Maali_päevik, lk 382
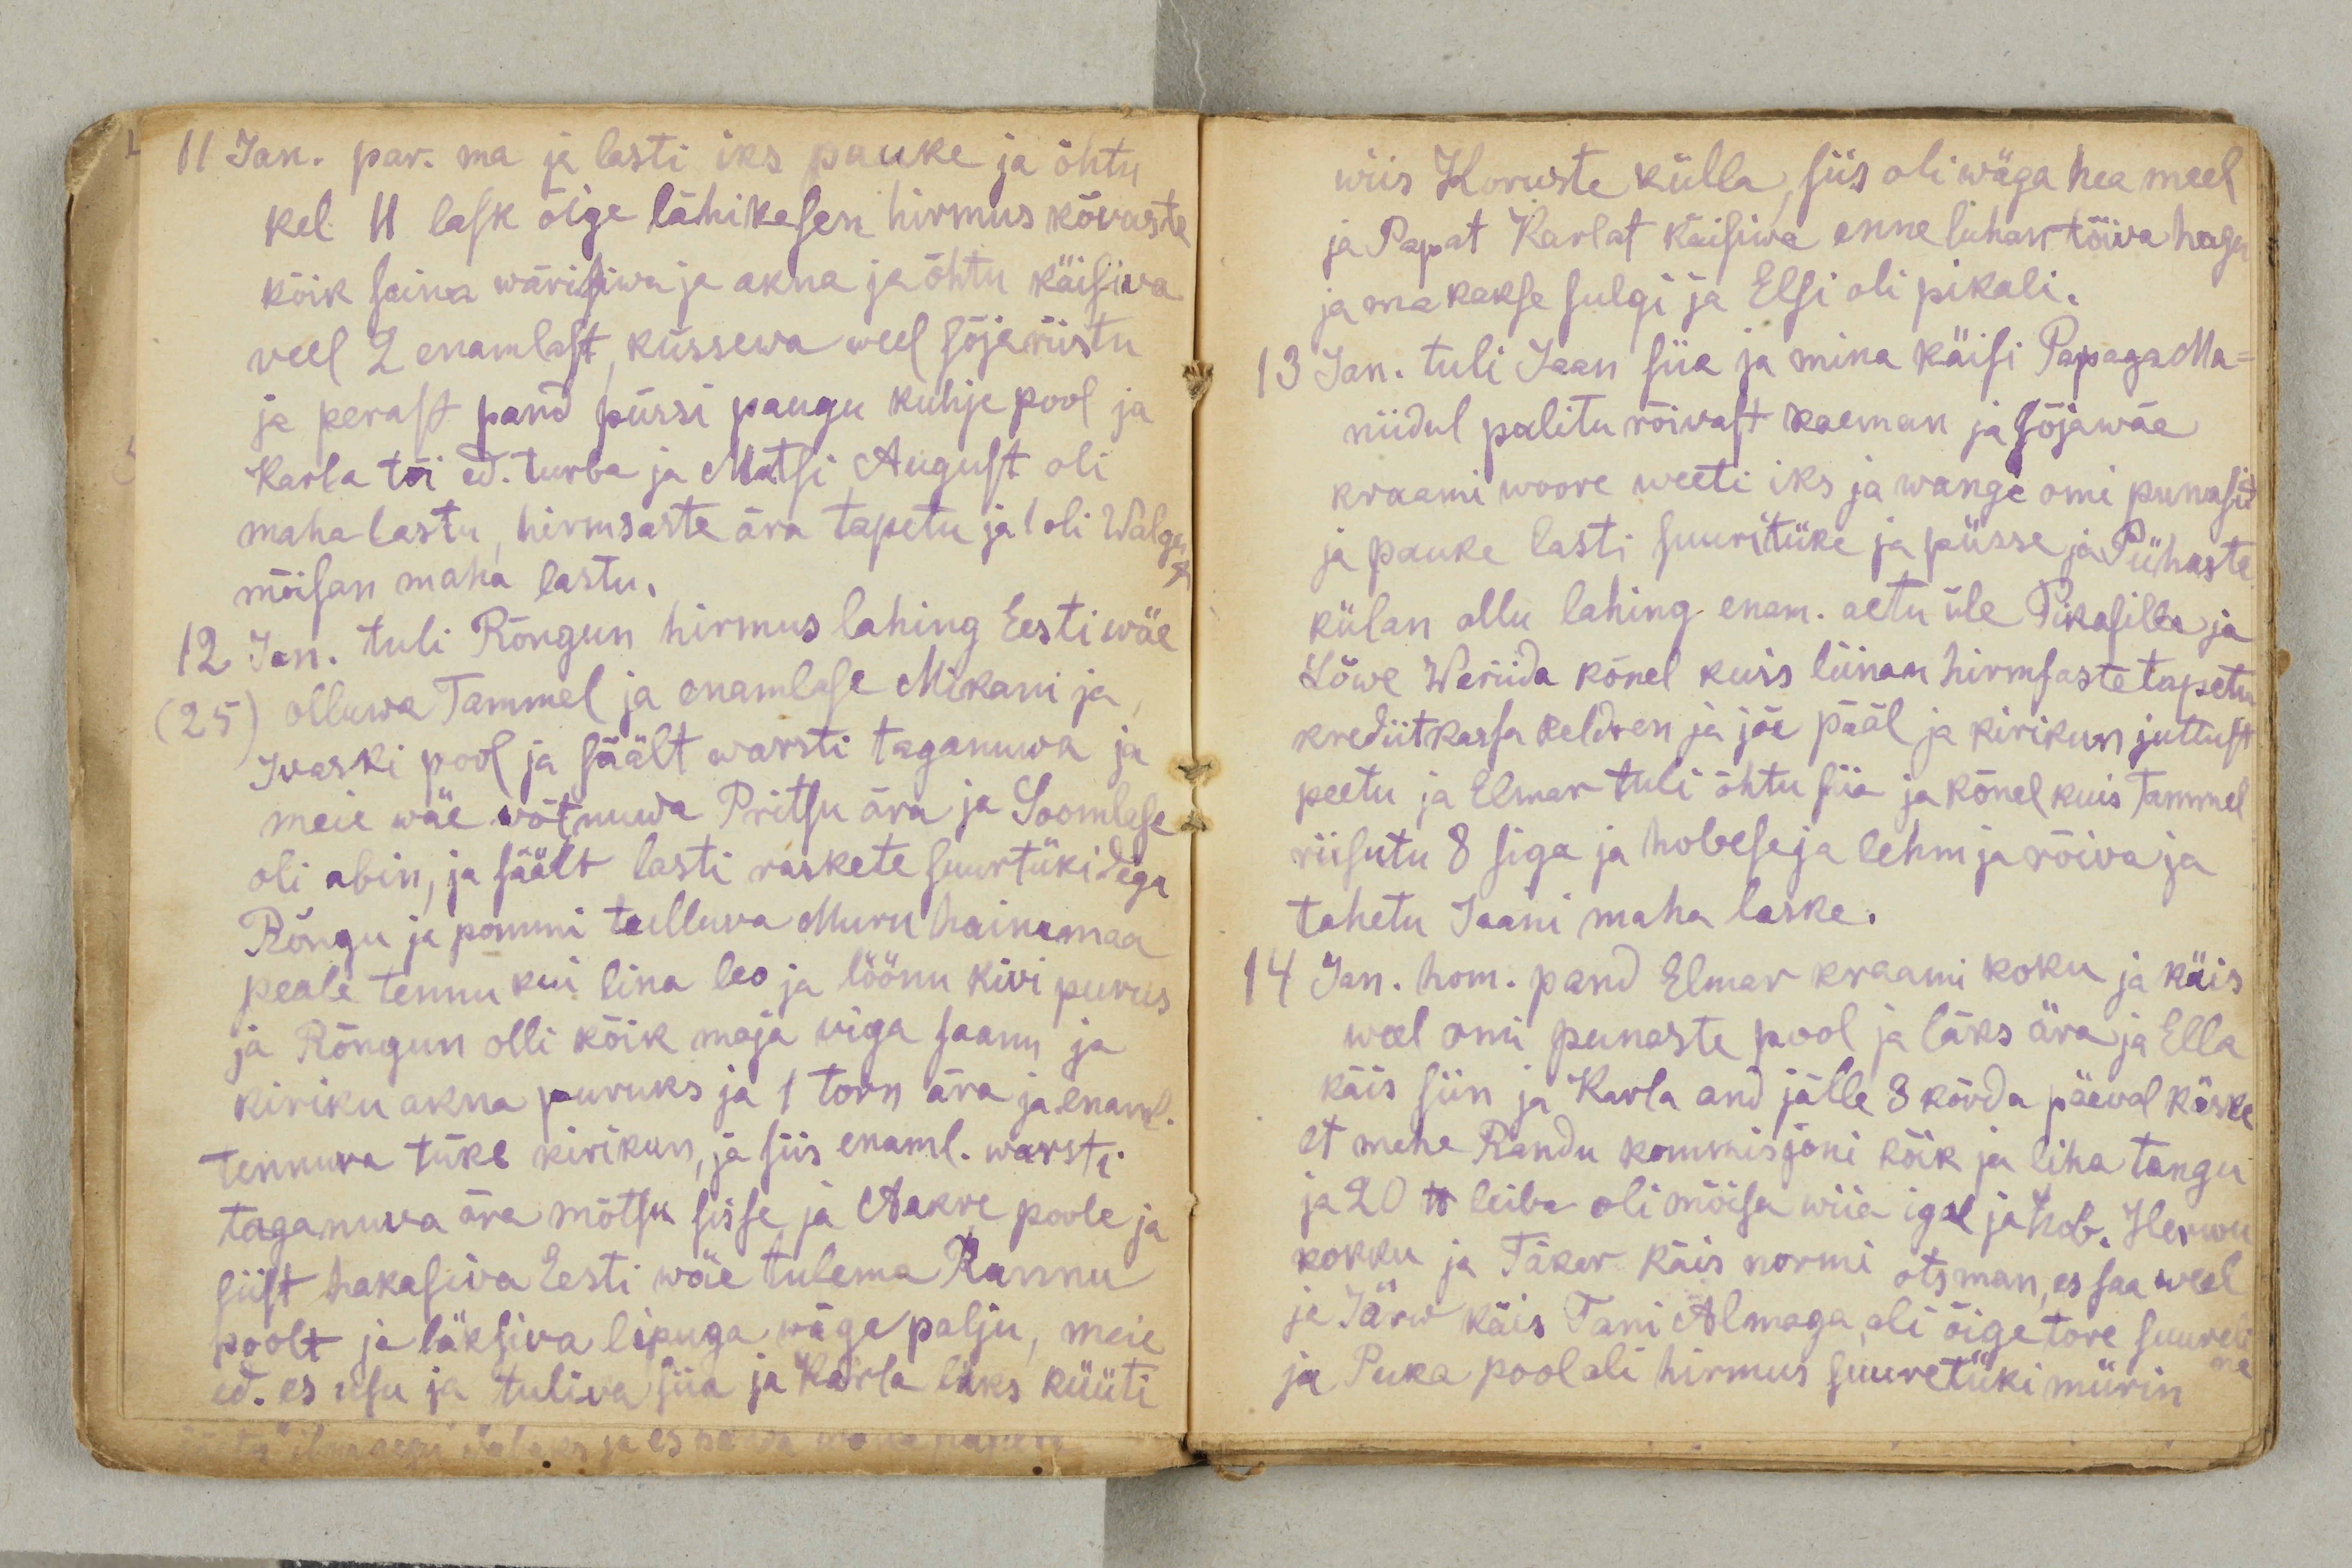
11 Jan. par. ma ja lasti iks pauke ja õhtu
kel 11 lask õige lähikesen hirmus kõvaste
kõik seina wärisiwa ja akna ja õhtu käisiva
veel 2 enamlast, küssewa weel sõjariistu
ja perast pand püssi paugu kuhje pool ja
Karla tõi ed. turba ja Matsi August oli
maha lastu, hirmsaste ära tapetu ja 1 oli Walgu
mõisan maha lastu.
12 Jan. tuli Rõngun hirmus lahing Eesti wäe
(25) olluwa Tammel ja enamlase Mikani ja
Ivaski pool ja säält warsti taganuwa ja
meie wäe wõtnuwa Pritsu ära ja Soomlase
oli abin, ja säält lasti raskete suurtükidega
Rõngu ja pommi tulluva Muru hainamaa
peale tennu kui lina leo ja löönu kivi purus
ja Rõngun olli kõik maja viga saanu ja
kiriku akna puruks ja 1 torn ära ja enaml.
tennuva tüke kirikun, ja siis enaml. warsti
taganuva ära mõtsu sisse ja Aakre poole ja
siist hakasiwa Eesti wäe tulema Rannu
poolt ja läksiva lipuga wäga palju, meie
ed. es usu ja tuliva siia ja Karla läks küüti

wiis Koruste külla, siis oli wäga hea meel
ja Papat Karlat käisiwa enne luhan tõiva hagu
ja ma kakse sulgi ja Elsi oli pikali.
13 Jan. tuli Jaan siia ja mina käisi Papaga Ma-
niidul palitu rõiwast kaeman ja sõjawäe
kraami woore weeti iks ja wange omi punasid
ja pauke lasti suuritüke ja püsse ja Pühaste
külan ollu lahing enam. aetu üle Pikasilla ja
Lõwe Weriida kõnel kuis liinan hirmsaste tapetu
krediitkassa keldren ja jõe pääl ja kirikun juttust
peetu ja Elmar tuli õhtu siia ja kõnel kuis Tammel
riisutu 8 siga ja hobese ja lehm ja rõiwa ja
tahetu Jaani maha laske.
14 Jan. hom. pand Elmar kraami koku ja käis
weel omi punaste pool ja läks ära ja Ella
käis siin ja Karla and jälle 3 kõrda päewal käske
et mehe Randu kommisjoni kõik ja liha tangu
ja 20 lb leiba oli mõisa wiia igal ja hob. Herwu
kokku ja Täker käis normi otsman, es saa weel
ja Järw käis Tani Almaga, oli õige tore suureli
ja Puka pool oli hirmus suuretüki mürin